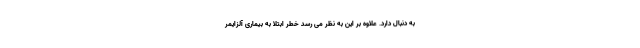
به دنبال دارد. علاوه بر این به نظر می رسد خطر ابتلا به بیماری آلزایمر